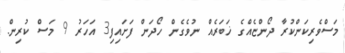
މަސްވެރިކަންކުރާ ދޯންޏެއްގެ ޚަބަރެއް ނުވެގެން ހޯދަން ފަށައިފި3 އަހަރު 9 މަސް ކުރިން.